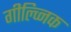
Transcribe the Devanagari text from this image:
गील्व्निक